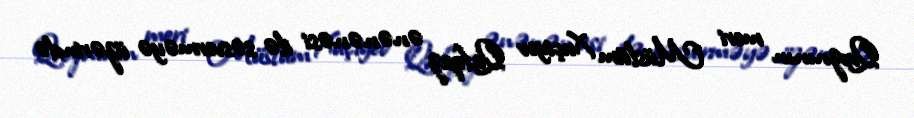
Qroznının meri Müslüm Xuçiyev Qafqaz ənənənəsi ilə səsverməyə üzərində